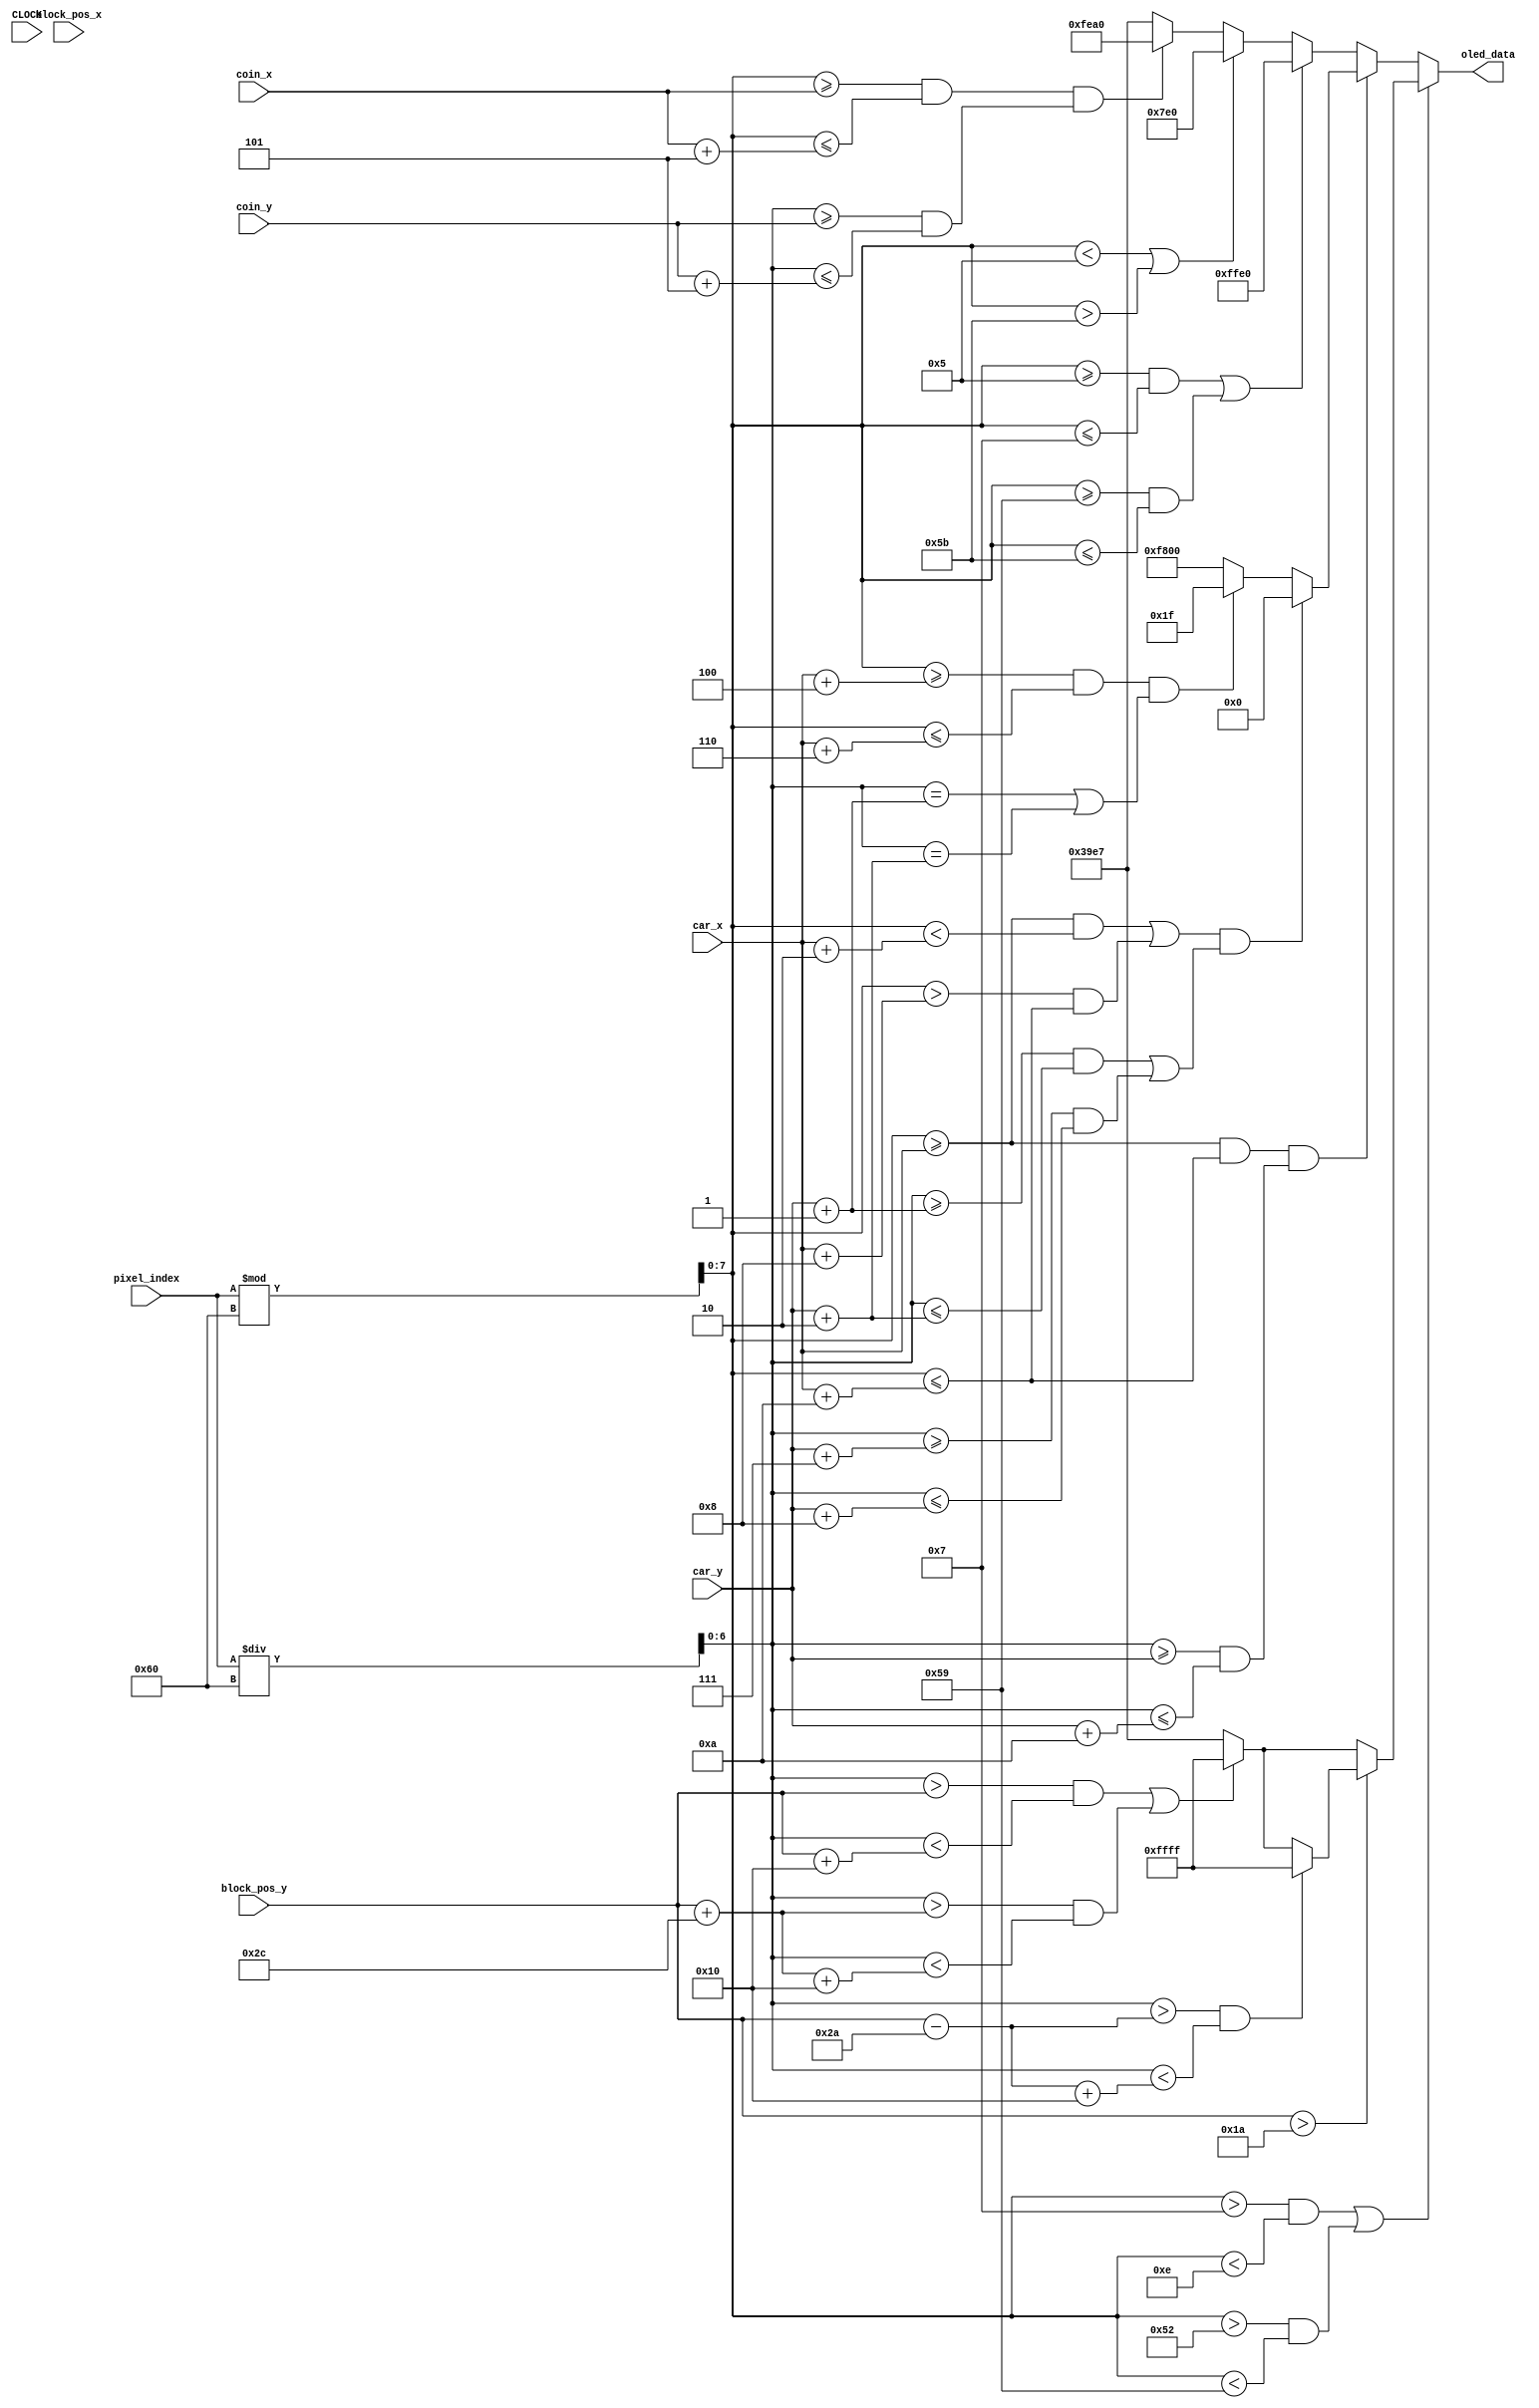
module displayOLED(
    input CLOCK,
    input [12:0] pixel_index,
    input [6:0] block_pos_x,
    input signed [7:0] block_pos_y,
    output reg [15:0] oled_data,
    input [6:0] car_x,
    input [6:0] car_y,
    input [6:0] coin_x,
    input [6:0] coin_y
    );
    wire signed [7:0] x; //from 0 to 95
    wire signed [6:0] y;   
    
    assign x = pixel_index%96;
    assign y = pixel_index/96;
    reg signed [7:0] second_y;
    reg signed [8:0] repeat_y;  

    always @(CLOCK) begin
        second_y = block_pos_y + 44;  //space between blocks = 44-16    
        if (( (x > 7 && x < 14) || (x > 82 && x < 89) )) begin //for the white road markings
            if (block_pos_y > 26) begin
                repeat_y = block_pos_y - 42; //sets starting point
                if(y > repeat_y && y < repeat_y + 16) begin
                    oled_data <= 16'b1111111111111111;
                end
                else begin
                    if ((y > block_pos_y && y < block_pos_y + 16) || (y > second_y && y < second_y + 16)) begin
                        oled_data <= 16'b1111111111111111;                
                    end
                    else begin
                        oled_data <= 16'h39e7;
                    end
                end
            end 
            else begin
                if ((y > block_pos_y && y < block_pos_y + 16) || (y > second_y && y < second_y + 16)) begin
                    oled_data <= 16'b1111111111111111;                
                end
                else begin
                    oled_data <= 16'h39e7;
                end 
            end
        end
        else if ((x >= car_x && x <= car_x+10) && (y >= car_y && y <= car_y + 10)) begin //car
            oled_data <= 16'hF800;
            if((( x >= car_x && x < car_x + 2) || (x > car_x + 8 && x <= car_x+10)) && ((y >= car_y + 1 && y <= car_y + 2) || (y >= car_y + 7 && y <= car_y + 8))) begin
                oled_data <= 16'h0000;
            end
            else if (( x >= car_x + 4 && x <= car_x + 6) && (y == car_y + 1 || y == car_y + 2)) begin
                oled_data <= 16'b00000000000011111;              
            end else begin
                oled_data <= 16'hF800;
            end
        end
        else if ((x >= 5 && x <= 7) || (x >= 89 && x <= 91)) begin //yellow road
            oled_data <= 16'hFFE0;
        end                  
        else if (x < 5 || x > 91) begin //grass
            oled_data <= 16'h07E0;
        end
        else if ((x >= coin_x && x <= coin_x + 5) && (y >= coin_y && y <= coin_y + 5)) begin //coins
            oled_data <= 16'hfea0; //gold
        end
        else begin                      
            oled_data <= 16'h39e7; //grey
        end     
    end
  
endmodule